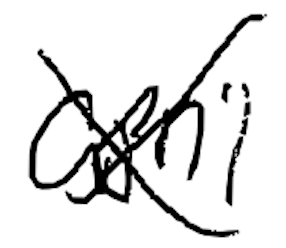
Text: April
Cross-out: mix
Writing tool: digital_black